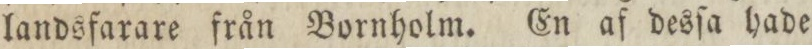
landsfarare från Bornholm. En af desſa hade